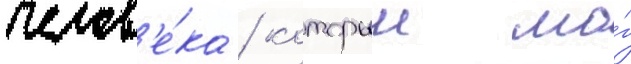
челов'е́ка / которыи мо́г